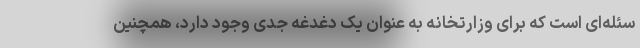
سئله‌ای است که برای وزارتخانه به عنوان یک دغدغه جدی وجود دارد، همچنین